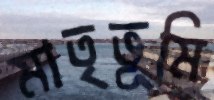
মাতৃভূমি